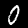
Digit: 0